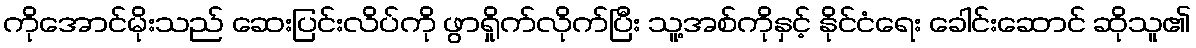
ကိုအောင်မိုးသည် ဆေးပြင်းလိပ်ကို ဖွာရှိုက်လိုက်ပြီး သူ့အစ်ကိုနှင့် နိုင်ငံရေး ခေါင်းဆောင် ဆိုသူ၏